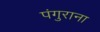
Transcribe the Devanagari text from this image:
पंगुराना